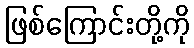
ဖြစ်ကြောင်းတို့ကို